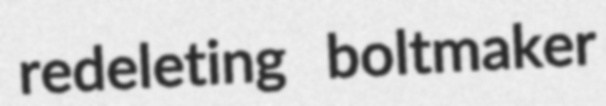
redeleting boltmaker